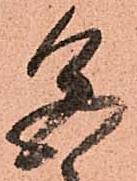
色